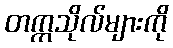
တက္ကသိုလ်များကို